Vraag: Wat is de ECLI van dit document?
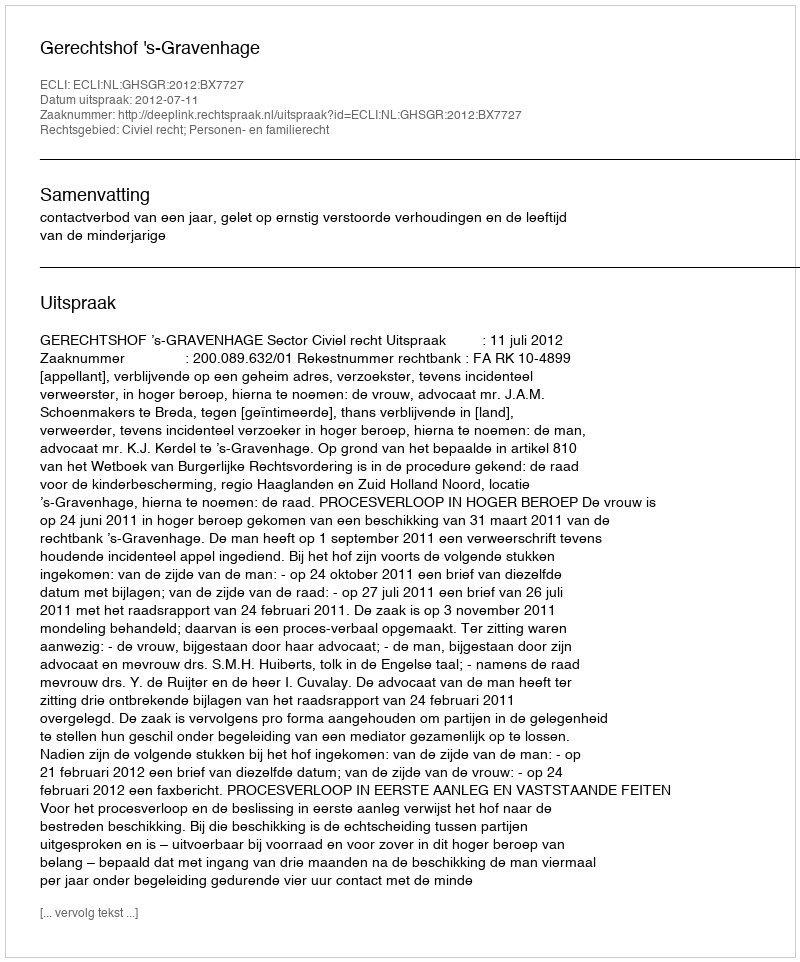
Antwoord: ECLI:NL:GHSGR:2012:BX7727